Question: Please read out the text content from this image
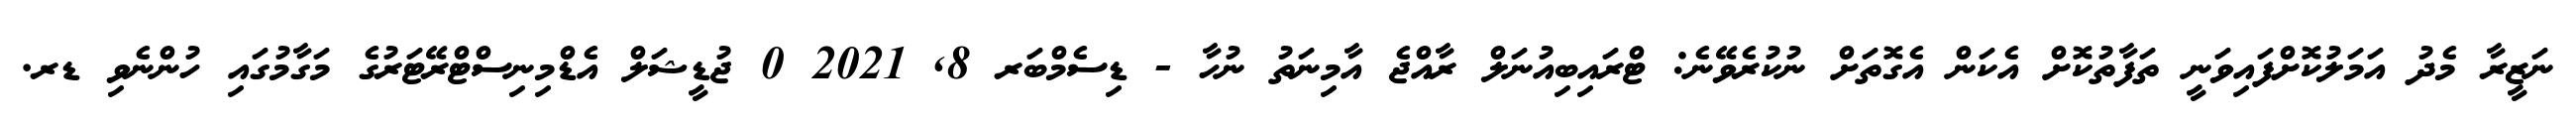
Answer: ނަޒީރާ މެދު އަމަލުކޮށްފައިވަނީ ތަފާތުކޮށް އެކަން އެގޮތަށް ނުކުރެވޭނެ: ޓްރައިބިއުނަލް ރާއްޖެ އާމިނަތު ނުހާ - ޑިސެމްބަރ 8, 2021 0 ޖުޑީޝަލް އެޑްމިނިސްޓްރޭޓަރުގެ މަގާމުގައި ހުންނެވި ޑރ.